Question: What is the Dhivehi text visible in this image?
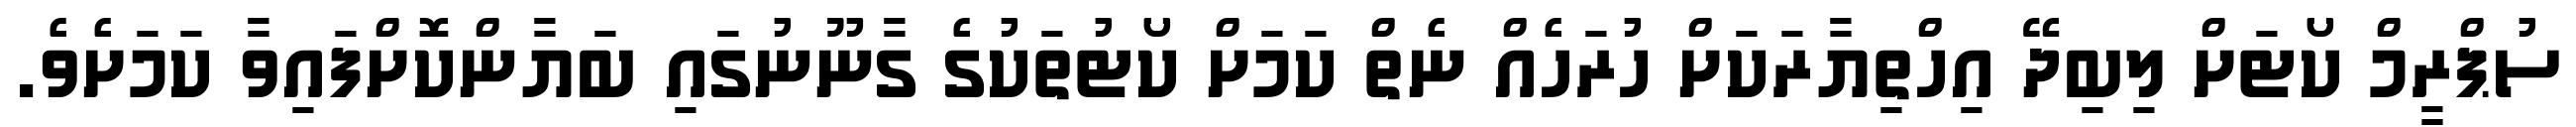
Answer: ސުޕްރީމް ކޯޓަށް ލިބިދޭ އިހްތިޔާރަކަށް ހުރަހެއް ނެތް ކަމަށް ކޯޓުތަކުގެ ގާނޫނުގައި ބަޔާންކޮށްފައިވާ ކަމަށެވެ.